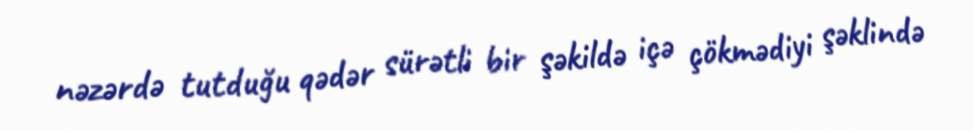
nəzərdə tutduğu qədər sürətli bir şəkildə içə çökmədiyi şəklində